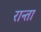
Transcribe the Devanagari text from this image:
रान्ता